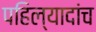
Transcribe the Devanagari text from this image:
पहिल्यादांच